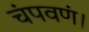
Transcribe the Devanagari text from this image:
चंपवणं।